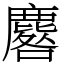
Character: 麔